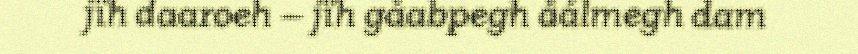
jïh daaroeh – jïh gåabpegh åålmegh dam